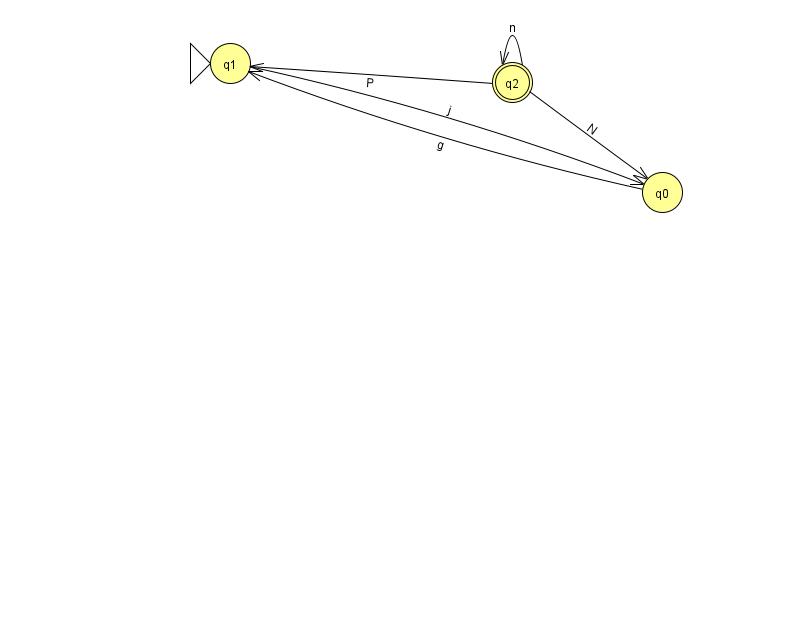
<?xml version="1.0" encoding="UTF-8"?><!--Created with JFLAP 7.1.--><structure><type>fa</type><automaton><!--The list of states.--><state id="0" name="q0"><x>662.0</x><y>179.0</y></state><state id="1" name="q1"><x>230.0</x><y>50.0</y><initial/></state><state id="2" name="q2"><x>512.0</x><y>69.0</y><final/></state><!--The list of transitions.--><transition><from>1</from><to>0</to><read>j</read></transition><transition><from>2</from><to>0</to><read>N</read></transition><transition><from>2</from><to>1</to><read>P</read></transition><transition><from>0</from><to>1</to><read>g</read></transition><transition><from>2</from><to>2</to><read>n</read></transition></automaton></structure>